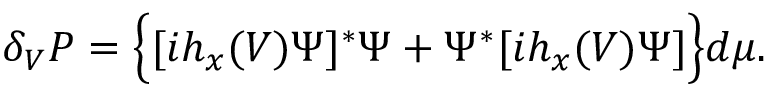
\delta _ { V } { \cal P } = \Big \{ [ i h _ { x } ( V ) \Psi ] ^ { * } \Psi + \Psi ^ { * } [ i h _ { x } ( V ) \Psi ] \Big \} d \mu .